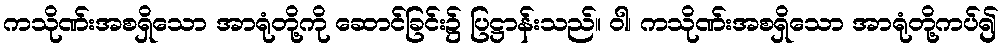
ကသိုဏ်းအစရှိသော အာရုံတို့ကို ဆောင်ခြင်း၌ ပြဋ္ဌာန်းသည်။ ဝါ၊ ကသိုဏ်းအစရှိသော အာရုံတို့ကပ်၍